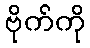
ဗိုက်ကို